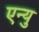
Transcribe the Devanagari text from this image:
एन्यु